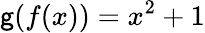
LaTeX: \mathsf{g}(f(x))=x^{2}+1